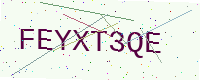
Text: FEYXT3QE